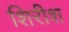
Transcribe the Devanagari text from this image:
शिरीश